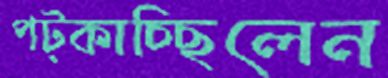
পট্‌কাচ্ছিলেন